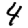
Digit: 4